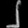
Digit: ၂